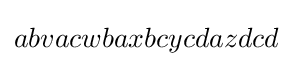
abvacwbaxbcycdazdcd